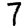
Digit: 7